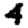
Digit: 4